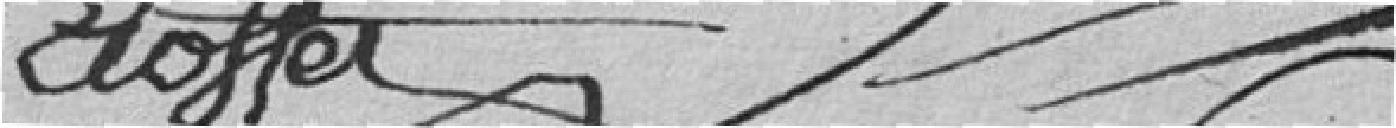
Hoffer